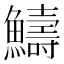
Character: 䲖